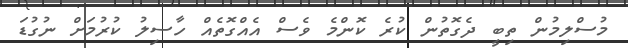
މުސްލިމުން ތިބީ ދެގޮތުން ކުރެ ކޮންމެ ވެސް އެއްގޮތެއް ހާސިލު ކުރުމަށް ނުގުޑަ